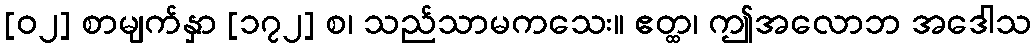
[၀၂] စာမျက်နှာ [၁၇၂] စ၊ သည်သာမကသေး။ ဧတ္ထ၊ ဤအလောဘ အဒေါသ